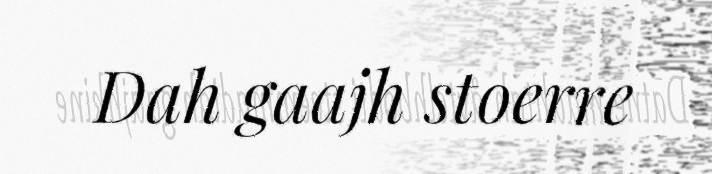
Dah gaajh stoerre